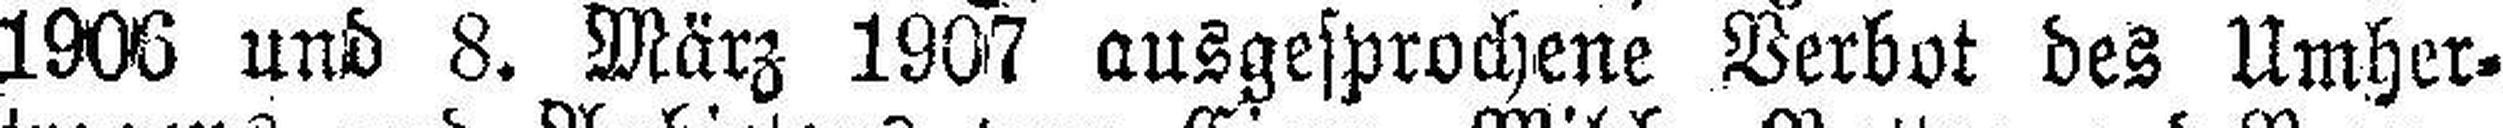
1906 und 8. März 1907 ausgesprochene Verbot des Umher¬